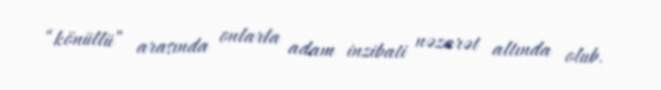
“könüllü” arasında onlarla adam inzibati nəzarət altında olub.